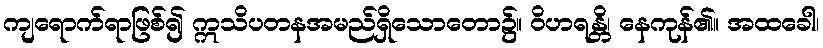
ကျရောက်ရာဖြစ်၍ ဣသိပတနအမည်ရှိသောတော၌။ ဝိဟရန္တိ၊ နေကုန်၏။ အထခေါ၊